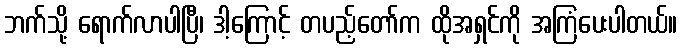
ဘက်သို့ ရောက်လာပါပြီ၊ ဒါ့ကြောင့် တပည့်တော်က ထိုအရှင်ကို အကြံပေးပါတယ်။